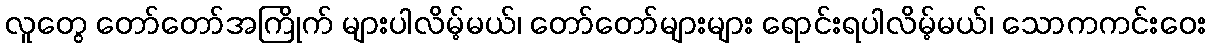
လူတွေ တော်တော်အကြိုက် များပါလိမ့်မယ်၊ တော်တော်များများ ရောင်းရပါလိမ့်မယ်၊ သောကကင်းဝေး